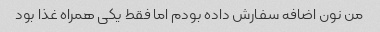
من نون اضافه سفارش داده بودم اما فقط یکی همراه غذا بود